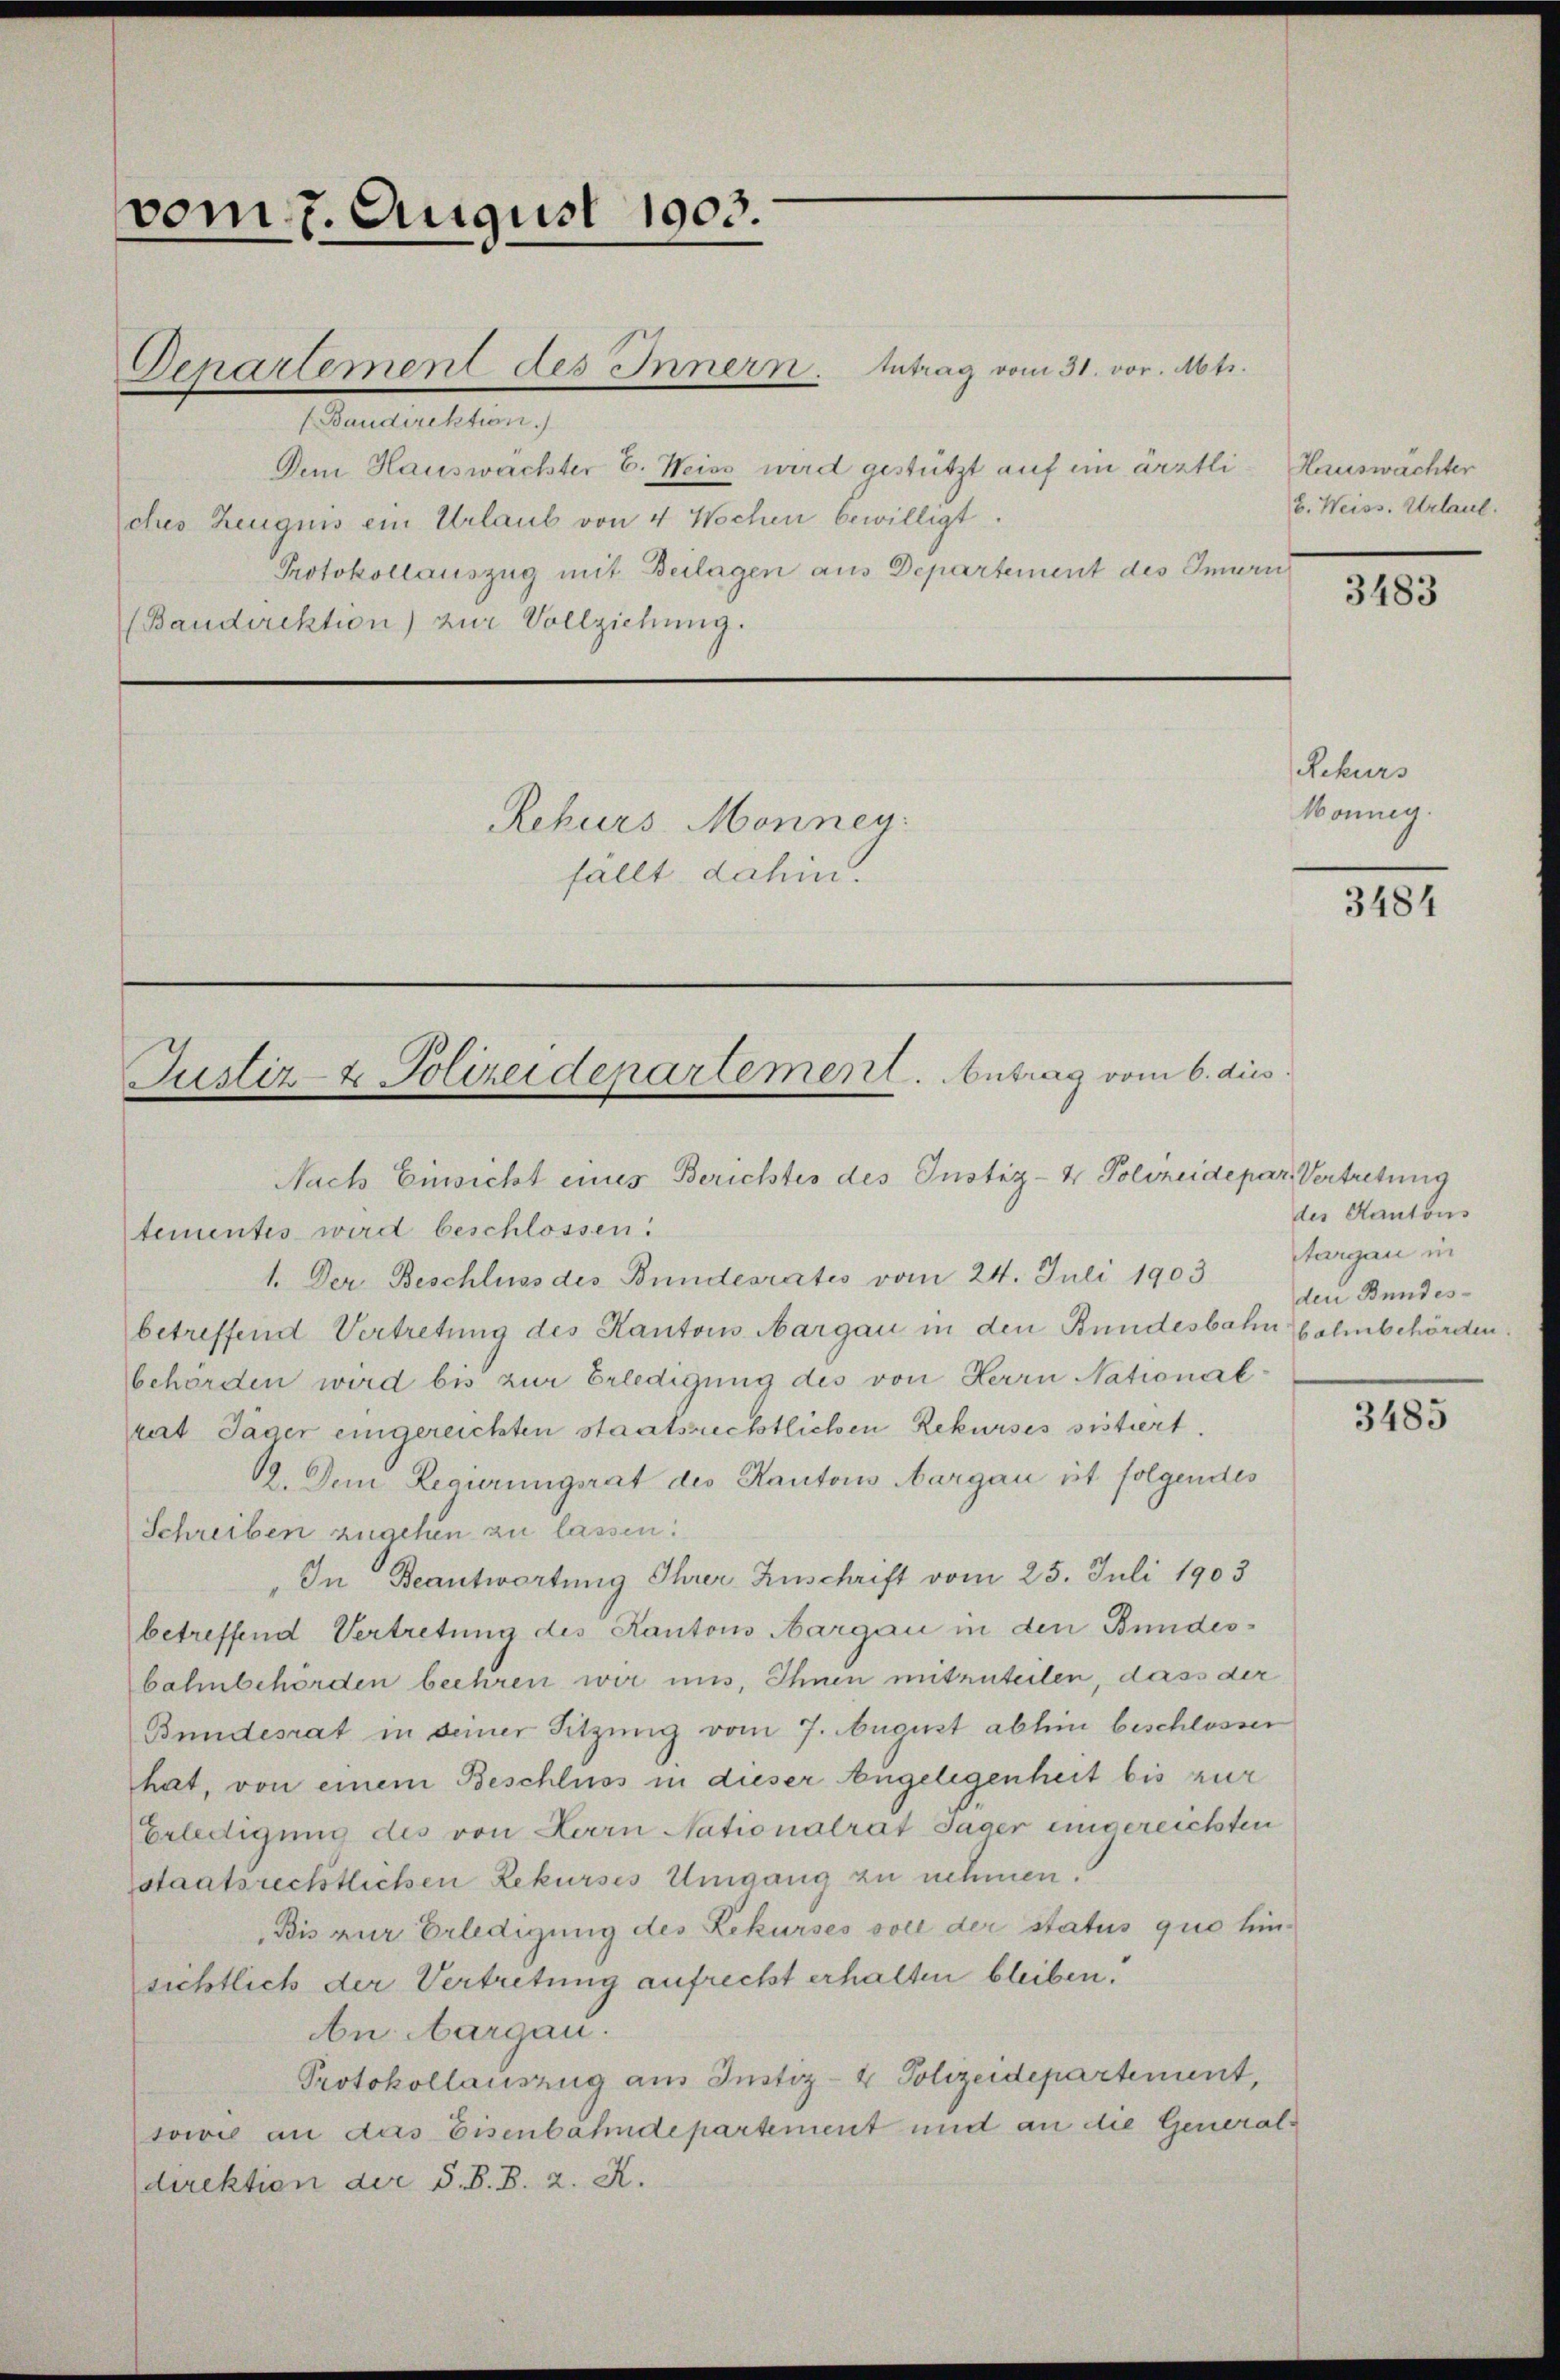
vom 7. August 1903.

Denartement des Innern. Antrag vom 31. vor. Abt.
(Baudirektion
Dem Hauswachter E. Weiss wird gestützt auf ein ärztli-Hauswächter
ches Zeugnis ein Urlaub von 4 Wochen bewilligt.
Protokollauszug mit Beilagen aus Departement des Innern
(Baudirektion) zur Vollziehung.

tementes wird beschlossen:

Rekurs Monney.
fällt dahin.

Justiz- & Polizeidepartement. Antrag vom 6. dies
Nach Einsicht eines Berichtes des Justiz- & Polizeide par Vertretung

1. Der Beschluss des Bundesrates vom 24. Juli 1903 Margau in
betreffend Vertretung des Kantons Aargau in den Bundesbahnbahnbehörden
behörden wird bis zur Erledigung des von Herrn National-
rut Jäger eingereichten staatsrechtlichen Rekurses sistiert.
B. Dem Regierungsrat des Kantons Aargau ist folgendes
Schreiben zugehen zu lassen:
In Beantwortung Ihrer Zuschrift vom 25. Juli 1903
betreffend Vertretung des Kantons Aargau in den Bundesbahnbehörden beehren wir uns, Ihnen mitzuteilen, dass der
Bundesrat in seiner Sitzung vom 7. August abhin beschlossen
hat, von einem Beschluss in dieser Augelegenheit bis zur
Erledigung des von Herrn Nationalrat Jäger eingereichten
staatsrechtlichen Rekurses Umgang zu nehmen.
Bis zur Erledigung des Rekurses soll der status quo hinsichtlich der Vertretung aufrecht erhalten bleiben.
n Aargau.
Protokollauszug aus Justiz- & Polizeidepartement,
sowie an das Eisenbahndepartement und an die Generaldirektion der d. S. B. 2. X.

b. Weiss. Urlaut.
3483

Rekurs

Monnig.

3484

des Kantons
den Bundes¬

3485